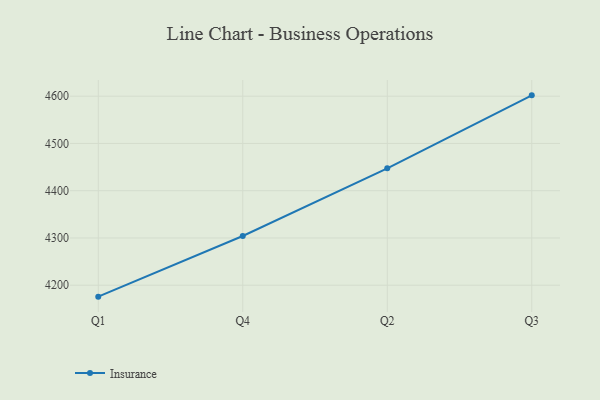
{"axis": {"x": "Quarter", "y": "Bounce Rate (%)"}, "legend": ["Insurance"], "data": [{"x": "Q1", "y": 4175.8, "type": "Insurance"}, {"x": "Q4", "y": 4304.2, "type": "Insurance"}, {"x": "Q2", "y": 4447.4, "type": "Insurance"}, {"x": "Q3", "y": 4601.8, "type": "Insurance"}]}